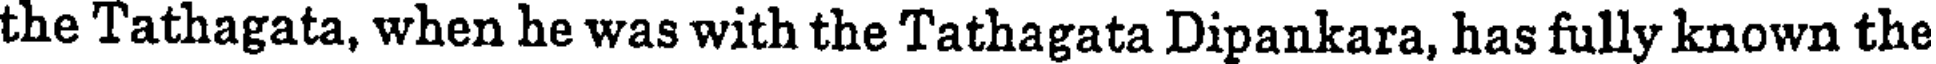
the Tathagata, when he was with the Tathagata Dipankara, has fully known the